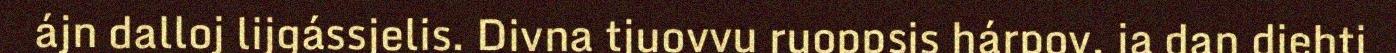
ájn dalloj lijgássjelis. Divna tjuovvu ruoppsis hárpov, ja dan diehti